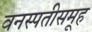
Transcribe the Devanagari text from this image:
वनस्पतीसमूह